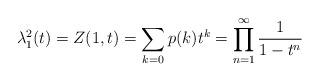
LaTeX: \begin{align*} \lambda_1^2(t)=Z(1,t)=\sum_{k=0}p(k)t^k=\prod_{n=1}^{\infty}\frac{1}{1-t^n}\end{align*}